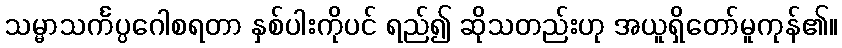
သမ္မာသင်္ကပ္ပဂေါစရတာ နှစ်ပါးကိုပင် ရည်၍ ဆိုသတည်းဟု အယူရှိတော်မူကုန်၏။